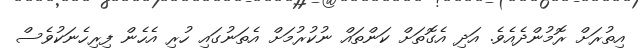
އިތުރަށް ރޮމުންދެއެވެ. އަދި އެގޮތަށް ކަންތައް ނުކުރުމަށް އެތަނުގައި ހުރި އެހެން ފިރިހެނަކުވެސް